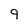
Character: 9